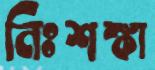
নিঃশঙ্কা